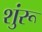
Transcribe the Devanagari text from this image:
शुंरू